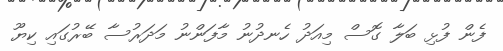
ފެން ފުޅި ބަލާ ގޮސް މިއަދު ހެނދުނު މާފަންނު މަދަރުސާ ބޭރުގައި ކިޔޫ